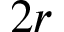
2 r